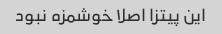
این پیتزا اصلا خوشمزه نبود